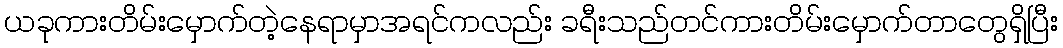
ယခုကားတိမ်းမှောက်တဲ့နေရာမှာအရင်ကလည်း ခရီးသည်တင်ကားတိမ်းမှောက်တာတွေရှိပြီး